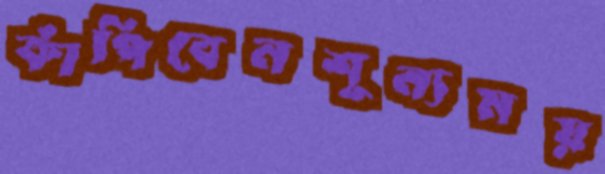
কাঁপিবেনশূন্যময়